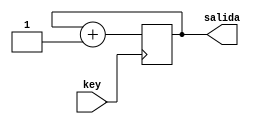
//sirve para contar los pulsos del reloj generado por el usuario

module contador (key, salida);

	input key;
	output [2:0] salida;
	
	reg [2:0] salida;
	
	always @(posedge key)
		begin
			salida <= salida + 1;
		end
		
endmodule